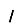
Digit: 1